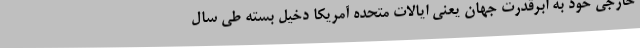
خارجی خود به ابرقدرت جهان یعنی ایالات متحده آمریکا دخیل بسته طی سال